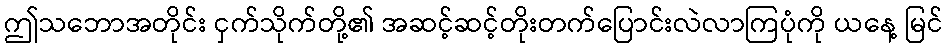
ဤသဘောအတိုင်း ငှက်သိုက်တို့၏ အဆင့်ဆင့်တိုးတက်ပြောင်းလဲလာကြပုံကို ယနေ့ မြင်